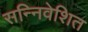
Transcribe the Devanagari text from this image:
सन्निवेशित